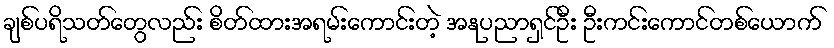
ချစ်ပရိသတ်တွေလည်း စိတ်ထားအရမ်းကောင်းတဲ့ အနုပညာရှင်ဦး ဦးကင်းကောင်တစ်ယောက်